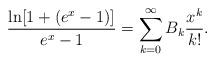
LaTeX: \begin{align*}\frac{\ln[1+(e^x-1)]}{e^x-1}=\sum_{k=0}^\infty B_k\frac{x^k}{k!}.\end{align*}